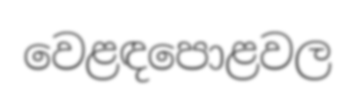
වෙළඳපොළවල